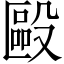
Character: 毆